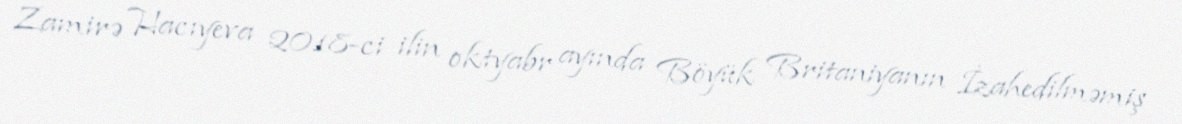
Zamirə Hacıyeva 2018-ci ilin oktyabr ayında Böyük Britaniyanın İzahedilməmiş